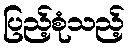
ပြည့်စုံသည့်